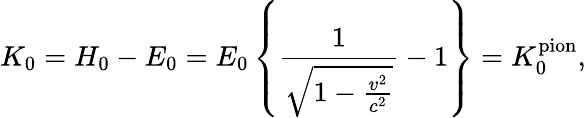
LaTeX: K_{0}=H_{0}-E_{0}=E_{0}\left\{ \frac{1}{\sqrt{1-\frac{v^{2}}{c^{2}}}}-1\right\} =K_{0}^{\textrm{pion}},